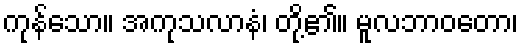
ကုန်သော။ အကုသလာနံ၊ တို့၏။ မူလဘာဝတော၊